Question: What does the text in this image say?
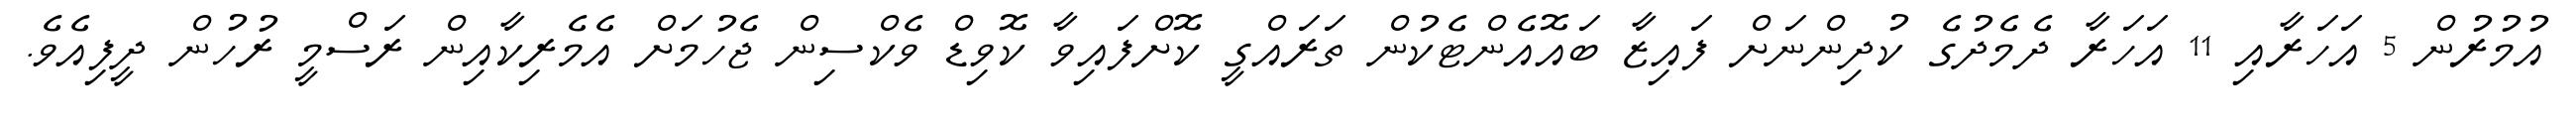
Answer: އުމުރުން 5 އަހަރާއި 11 އަހަރާ ދެމެދުގެ ކުދިންނަށް ފައިޒާ ބައޮއެންޓެކުން ތަރައްގީ ކޮށްފައިވާ ކޮވިޑް ވެކްސިން ޖެހުމަށް އެމެރިކާއިން ރަސްމީ ރުހުން ދީފިއެވެ.